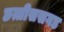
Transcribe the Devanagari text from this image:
छत्तीससगड